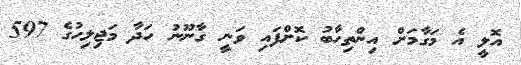
އޮލީ އެ މަގާމަށް އިންތިހާބު ކޮށްފައި ވަނީ ގާނޫނު ހަދާ މަޖިލިހުގެ 597